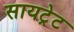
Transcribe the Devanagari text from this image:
सायट्रेट